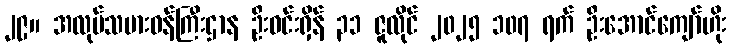
၂၉။ အလုပ်သမားဝန်ကြီးဌာန ဦးဝင်းရှိန် ၃၁ ဇူလိုင် ၂၀၂၅ ၁၀၇ ရက် ဦးအောင်ကျော်ဟိုး